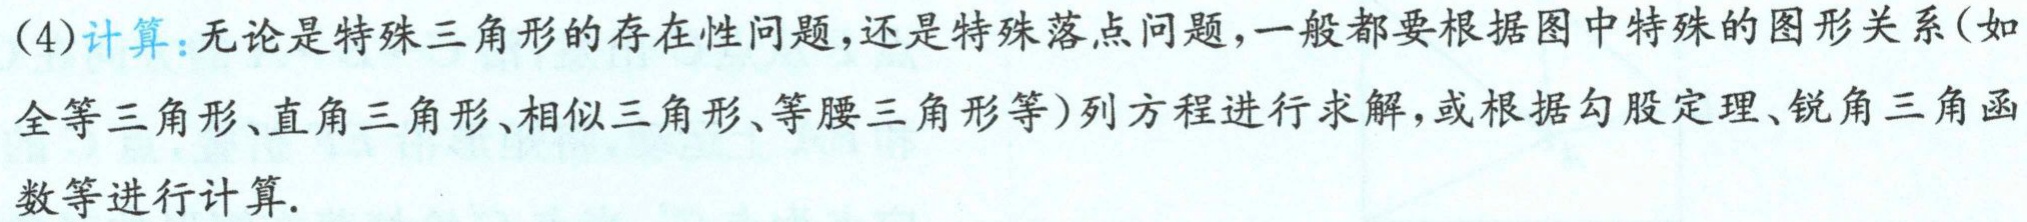
(4)计算：无论是特殊三角形的存在性问题，还是特殊落点问题，一般都要根据图中特殊的图形关系(如全等三角形、直角三角形、相似三角形、等腰三角形等)列方程进行求解，或根据勾股定理、锐角三角函数等进行计算.